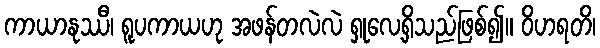
ကာယာနုဿီ၊ ရူပကာယဟု အဖန်တလဲလဲ ရှုလေ့ရှိသည်ဖြစ်၍။ ဝိဟရတိ၊